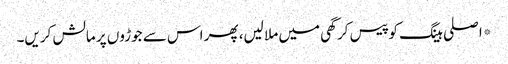
*اصلی ہینگ کو پیس کر گھی میں ملا لیں، پھر اس سے جوڑوں پر مالش کریں۔